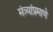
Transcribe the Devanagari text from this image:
मंत्र्यांप्रमाणे